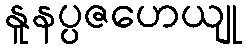
နူနပ္ပဇဟေယျု